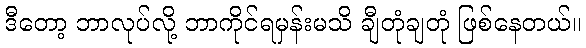
ဒီတော့ ဘာလုပ်လို့ ဘာကိုင်ရမှန်းမသိ ချီတုံချတုံ ဖြစ်နေတယ်။